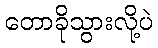
တောခိုသွားလို့ပဲ